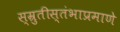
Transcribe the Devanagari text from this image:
स्म्रुतीस्तंभाप्रमाणे